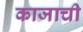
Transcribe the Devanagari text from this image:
काजाची